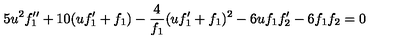
5 u ^ { 2 } f _ { 1 } ^ { \prime \prime } + 1 0 ( u f _ { 1 } ^ { \prime } + f _ { 1 } ) - \frac { 4 } { f _ { 1 } } ( u f _ { 1 } ^ { \prime } + f _ { 1 } ) ^ { 2 } - 6 u f _ { 1 } f _ { 2 } ^ { \prime } - 6 f _ { 1 } f _ { 2 } = 0